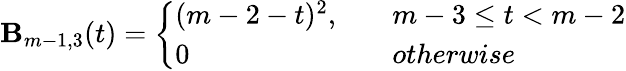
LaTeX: \mathbf{B}_{m-1,3}(t)=\left\{ \begin{array}{ll}{(m-2-t)^{2},\quad}&{m-3\leq t<m-2}\\ {0\quad}&{otherwise}\end{array}\right.